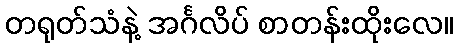
တရုတ်သံနဲ့ အင်္ဂလိပ် စာတန်းထိုးလေ။